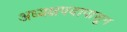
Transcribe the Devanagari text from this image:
अध्यक्षपदापासून